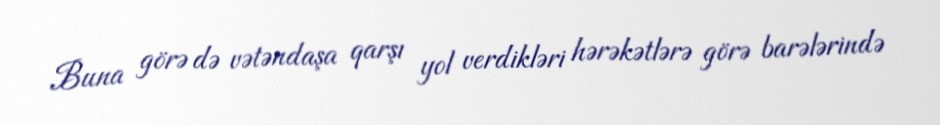
Buna görə də vətəndaşa qarşı yol verdikləri hərəkətlərə görə barələrində